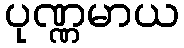
ပုဏ္ဏမာယ